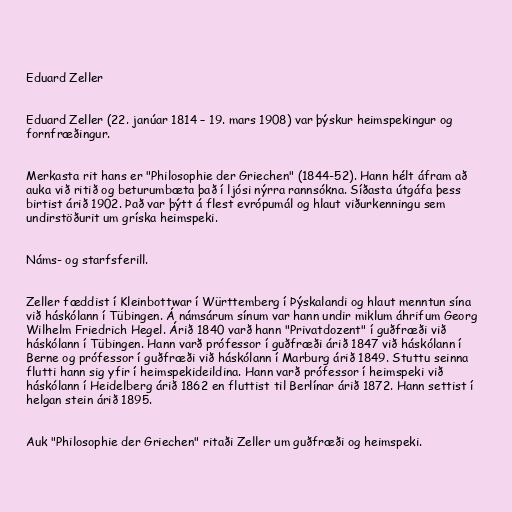
Eduard Zeller

Eduard Zeller (22. janúar 1814 – 19. mars 1908) var þýskur heimspekingur og
fornfræðingur.

Merkasta rit hans er "Philosophie der Griechen" (1844-52). Hann hélt áfram að
auka við ritið og beturumbæta það í ljósi nýrra rannsókna. Síðasta útgáfa þess
birtist árið 1902. Það var þýtt á flest evrópumál og hlaut viðurkenningu sem
undirstöðurit um gríska heimspeki.

Náms- og starfsferill.

Zeller fæddist í Kleinbottwar í Württemberg í Þýskalandi og hlaut menntun sína
við háskólann í Tübingen. Á námsárum sínum var hann undir miklum áhrifum Georg
Wilhelm Friedrich Hegel. Árið 1840 varð hann "Privatdozent" í guðfræði við
háskólann í Tübingen. Hann varð prófessor í guðfræði árið 1847 við háskólann í
Berne og prófessor í guðfræði við háskólann í Marburg árið 1849. Stuttu seinna
flutti hann sig yfir í heimspekideildina. Hann varð prófessor í heimspeki við
háskólann í Heidelberg árið 1862 en fluttist til Berlínar árið 1872. Hann settist í
helgan stein árið 1895.

Auk "Philosophie der Griechen" ritaði Zeller um guðfræði og heimspeki.